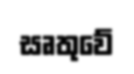
සෘතුවේ